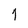
Character: 1